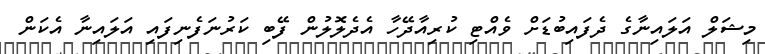
މިޝަލް އަލައިނާގެ ދެފައިބުޑަށް ވެއްޓި ކުރިއާދޭހާ އެދެލޮލުން ފޭބި ކަރުނަފެނިފައި އަލައިނާ އެކަން